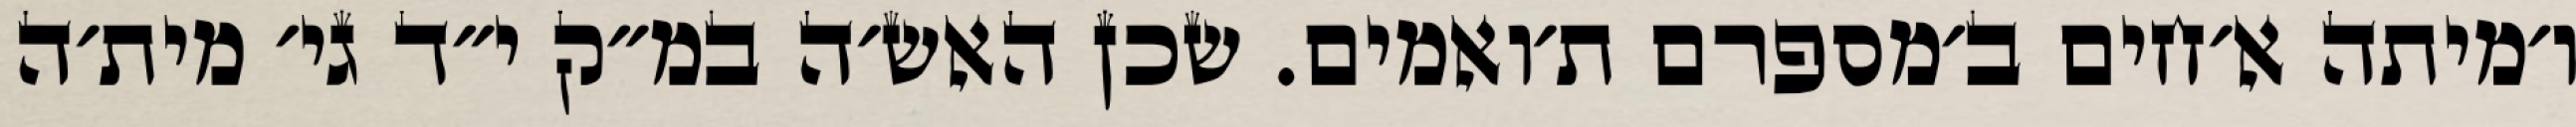
ו׳מיתה א׳חים ב׳מספרם ת׳ואמים. שכן האש׳ה במ״ק י״ד גי׳ מית׳ה